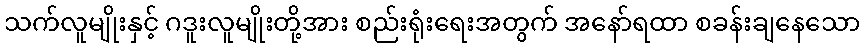
သက်လူမျိုးနှင့် ဂဒူးလူမျိုးတို့အား စည်းရုံးရေးအတွက် အနော်ရထာ စခန်းချနေသော